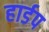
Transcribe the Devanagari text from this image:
हार्डप